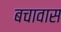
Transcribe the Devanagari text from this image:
बचावास